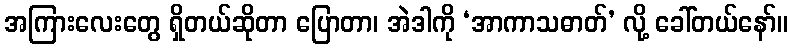
အကြားလေးတွေ ရှိတယ်ဆိုတာ ပြောတာ၊ အဲဒါကို ‘အာကာသဓာတ်’ လို့ ခေါ်တယ်နော်။